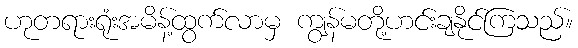
ဟုတရားရုံးအမိန့်ထွက်လာမှ ကျွန်မတို့ဟင်းချနိုင်ကြသည်။